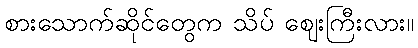
စားသောက်ဆိုင်တွေက သိပ် ဈေးကြီးလား။